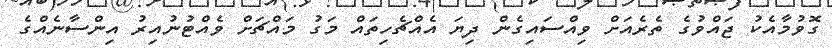
ގޮވުމާއެކު ޖައްވުގެ ތެރެއަށް ވިއްސައިގެން ދިޔަ އެއްޗެހިތައް މަގު މައްޗަށް ވެއްޓުނުއިރު އިންސާނެއްގެ